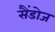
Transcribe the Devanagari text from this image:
सैंडोज